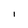
Character: i